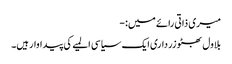
میری ذاتی رائے میں:-
بلاول بھٹو زرداری ایک سیاسی المیے کی پیداوار ہیں۔